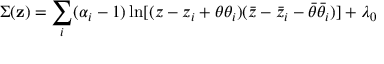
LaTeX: \Sigma ( { \bf z } ) = \sum _ { i } ( \alpha _ { i } - 1 ) \ln [ ( z - z _ { i } + \theta \theta _ { i } ) ( \bar { z } - \bar { z } _ { i } - \bar { \theta } \bar { \theta } _ { i } ) ] + \lambda _ { 0 }